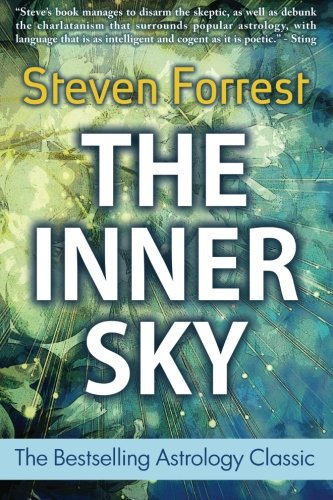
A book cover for The Inner Sky: How to Make Wiser Choices for a More Fulfilling Life; Steven Forrest; Religion & Spirituality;